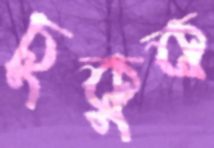
চুকুক